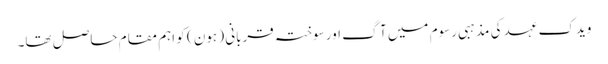
ویدک عہد کی مذہبی رسوم میں آگ اور سوختہ قربانی ( ہون ) کو اہم مقام حاصل تھا۔